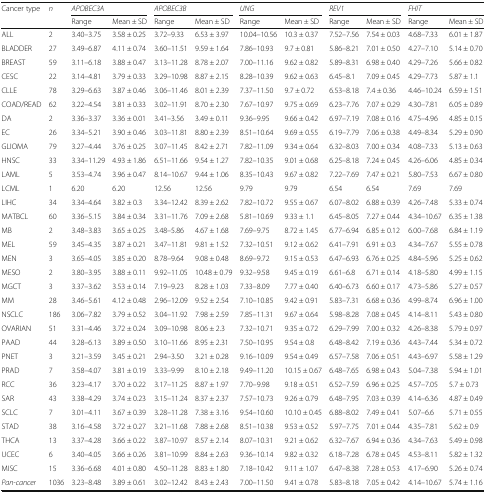
<table><thead><tr><td rowspan="2"><b>Cancer type</b></td><td rowspan="2"><b><i>n</i></b></td><td colspan="2"><b><i>APOBEC3A</i></b></td><td colspan="2"><b><i>APOBEC3B</i></b></td><td colspan="2"><b><i>UNG</i></b></td><td colspan="2"><b><i>REV1</i></b></td><td colspan="2"><b><i>FHIT</i></b></td></tr><tr><td><b>Range</b></td><td><b>Mean ± SD</b></td><td><b>Range</b></td><td><b>Mean ± SD</b></td><td><b>Range</b></td><td><b>Mean ± SD</b></td><td><b>Range</b></td><td><b>Mean ± SD</b></td><td><b>Range</b></td><td><b>Mean ± SD</b></td></tr></thead><tbody><tr><td>ALL</td><td>2</td><td>3.40–3.75</td><td>3.58 ± 0.25</td><td>3.72–9.33</td><td>6.53 ± 3.97</td><td>10.04–10.56</td><td>10.3 ± 0.37</td><td>7.52–7.56</td><td>7.54 ± 0.03</td><td>4.68–7.33</td><td>6.01 ± 1.87</td></tr><tr><td>BLADDER</td><td>27</td><td>3.49–6.87</td><td>4.11 ± 0.74</td><td>3.60–11.51</td><td>9.59 ± 1.64</td><td>7.86–10.93</td><td>9.7 ± 0.81</td><td>5.86–8.21</td><td>7.01 ± 0.50</td><td>4.27–7.10</td><td>5.14 ± 0.70</td></tr><tr><td>BREAST</td><td>59</td><td>3.11–6.18</td><td>3.88 ± 0.47</td><td>3.13–11.28</td><td>8.78 ± 2.07</td><td>7.00–11.16</td><td>9.62 ± 0.82</td><td>5.89–8.31</td><td>6.98 ± 0.40</td><td>4.29–7.26</td><td>5.66 ± 0.82</td></tr><tr><td>CESC</td><td>22</td><td>3.14–4.81</td><td>3.79 ± 0.33</td><td>3.29–10.98</td><td>8.87 ± 2.15</td><td>8.28–10.39</td><td>9.62 ± 0.63</td><td>6.45–8.1</td><td>7.09 ± 0.45</td><td>4.29–7.73</td><td>5.87 ± 1.1</td></tr><tr><td>CLLE</td><td>78</td><td>3.29–6.63</td><td>3.87 ± 0.46</td><td>3.06–11.46</td><td>8.01 ± 2.39</td><td>7.37–11.50</td><td>9.7 ± 0.72</td><td>6.53–8.18</td><td>7.4 ± 0.36</td><td>4.46–10.24</td><td>6.59 ± 1.51</td></tr><tr><td>COAD/READ</td><td>62</td><td>3.22–4.54</td><td>3.81 ± 0.33</td><td>3.02–11.91</td><td>8.70 ± 2.30</td><td>7.67–10.97</td><td>9.75 ± 0.69</td><td>6.23–7.76</td><td>7.07 ± 0.29</td><td>4.30–7.81</td><td>6.05 ± 0.89</td></tr><tr><td>DA</td><td>2</td><td>3.36–3.37</td><td>3.36 ± 0.01</td><td>3.41–3.56</td><td>3.49 ± 0.11</td><td>9.36–9.95</td><td>9.66 ± 0.42</td><td>6.97–7.19</td><td>7.08 ± 0.16</td><td>4.75–4.96</td><td>4.85 ± 0.15</td></tr><tr><td>EC</td><td>26</td><td>3.34–5.21</td><td>3.90 ± 0.46</td><td>3.03–11.81</td><td>8.80 ± 2.39</td><td>8.51–10.64</td><td>9.69 ± 0.55</td><td>6.19–7.79</td><td>7.06 ± 0.38</td><td>4.49–8.34</td><td>5.29 ± 0.90</td></tr><tr><td>GLIOMA</td><td>79</td><td>3.27–4.44</td><td>3.76 ± 0.25</td><td>3.07–11.45</td><td>8.42 ± 2.71</td><td>7.82–11.09</td><td>9.34 ± 0.64</td><td>6.32–8.03</td><td>7.00 ± 0.34</td><td>4.08–7.33</td><td>5.13 ± 0.63</td></tr><tr><td>HNSC</td><td>33</td><td>3.34–11.29</td><td>4.93 ± 1.86</td><td>6.51–11.66</td><td>9.54 ± 1.27</td><td>7.82–10.35</td><td>9.01 ± 0.68</td><td>6.25–8.18</td><td>7.24 ± 0.45</td><td>4.26–6.06</td><td>4.85 ± 0.34</td></tr><tr><td>LAML</td><td>5</td><td>3.53–4.74</td><td>3.96 ± 0.47</td><td>8.14–10.67</td><td>9.44 ± 1.06</td><td>8.35–10.43</td><td>9.67 ± 0.82</td><td>7.22–7.69</td><td>7.47 ± 0.21</td><td>5.80–7.53</td><td>6.67 ± 0.80</td></tr><tr><td>LCML</td><td>1</td><td>6.20</td><td>6.20</td><td>12.56</td><td>12.56</td><td>9.79</td><td>9.79</td><td>6.54</td><td>6.54</td><td>7.69</td><td>7.69</td></tr><tr><td>LIHC</td><td>34</td><td>3.34–4.64</td><td>3.82 ± 0.3</td><td>3.34–12.42</td><td>8.39 ± 2.62</td><td>7.82–10.72</td><td>9.55 ± 0.67</td><td>6.07–8.02</td><td>6.88 ± 0.39</td><td>4.26–7.48</td><td>5.33 ± 0.74</td></tr><tr><td>MATBCL</td><td>60</td><td>3.36–5.15</td><td>3.84 ± 0.34</td><td>3.31–11.76</td><td>7.09 ± 2.68</td><td>5.81–10.69</td><td>9.33 ± 1.1</td><td>6.45–8.05</td><td>7.27 ± 0.44</td><td>4.34–10.67</td><td>6.35 ± 1.38</td></tr><tr><td>MB</td><td>2</td><td>3.48–3.83</td><td>3.65 ± 0.25</td><td>3.48–5.86</td><td>4.67 ± 1.68</td><td>7.69–9.75</td><td>8.72 ± 1.45</td><td>6.77–6.94</td><td>6.85 ± 0.12</td><td>6.00–7.68</td><td>6.84 ± 1.19</td></tr><tr><td>MEL</td><td>59</td><td>3.45–4.35</td><td>3.87 ± 0.21</td><td>3.47–11.81</td><td>9.81 ± 1.52</td><td>7.32–10.51</td><td>9.12 ± 0.62</td><td>6.41–7.91</td><td>6.91 ± 0.3</td><td>4.34–7.67</td><td>5.55 ± 0.78</td></tr><tr><td>MEN</td><td>3</td><td>3.65–4.05</td><td>3.85 ± 0.20</td><td>8.78–9.64</td><td>9.08 ± 0.48</td><td>8.69–9.72</td><td>9.15 ± 0.53</td><td>6.47–6.93</td><td>6.76 ± 0.25</td><td>4.84–5.96</td><td>5.25 ± 0.62</td></tr><tr><td>MESO</td><td>2</td><td>3.80–3.95</td><td>3.88 ± 0.11</td><td>9.92–11.05</td><td>10.48 ± 0.79</td><td>9.32–9.58</td><td>9.45 ± 0.19</td><td>6.61–6.8</td><td>6.71 ± 0.14</td><td>4.18–5.80</td><td>4.99 ± 1.15</td></tr><tr><td>MGCT</td><td>3</td><td>3.37–3.62</td><td>3.53 ± 0.14</td><td>7.19–9.23</td><td>8.28 ± 1.03</td><td>7.33–8.09</td><td>7.77 ± 0.40</td><td>6.40–6.73</td><td>6.60 ± 0.17</td><td>4.73–5.86</td><td>5.27 ± 0.57</td></tr><tr><td>MM</td><td>28</td><td>3.46–5.61</td><td>4.12 ± 0.48</td><td>2.96–12.09</td><td>9.52 ± 2.54</td><td>7.10–10.85</td><td>9.42 ± 0.91</td><td>5.83–7.31</td><td>6.68 ± 0.36</td><td>4.99–8.74</td><td>6.96 ± 1.00</td></tr><tr><td>NSCLC</td><td>186</td><td>3.06–7.82</td><td>3.79 ± 0.52</td><td>3.04–11.92</td><td>7.98 ± 2.59</td><td>7.85–11.31</td><td>9.67 ± 0.64</td><td>5.98–8.28</td><td>7.08 ± 0.45</td><td>4.14–8.11</td><td>5.43 ± 0.80</td></tr><tr><td>OVARIAN</td><td>51</td><td>3.31–4.46</td><td>3.72 ± 0.24</td><td>3.09–10.98</td><td>8.06 ± 2.3</td><td>7.32–10.71</td><td>9.35 ± 0.72</td><td>6.29–7.99</td><td>7.00 ± 0.32</td><td>4.26–8.38</td><td>5.79 ± 0.97</td></tr><tr><td>PAAD</td><td>44</td><td>3.28–6.13</td><td>3.89 ± 0.50</td><td>3.10–11.66</td><td>8.95 ± 2.31</td><td>7.50–10.95</td><td>9.54 ± 0.8</td><td>6.48–8.42</td><td>7.19 ± 0.36</td><td>4.43–7.44</td><td>5.34 ± 0.72</td></tr><tr><td>PNET</td><td>3</td><td>3.21–3.59</td><td>3.45 ± 0.21</td><td>2.94–3.50</td><td>3.21 ± 0.28</td><td>9.16–10.09</td><td>9.54 ± 0.49</td><td>6.57–7.58</td><td>7.06 ± 0.51</td><td>4.43–6.97</td><td>5.58 ± 1.29</td></tr><tr><td>PRAD</td><td>7</td><td>3.58–4.07</td><td>3.81 ± 0.19</td><td>3.33–9.99</td><td>8.10 ± 2.18</td><td>9.49–11.20</td><td>10.15 ± 0.67</td><td>6.48–7.65</td><td>6.98 ± 0.43</td><td>5.04–7.38</td><td>5.94 ± 1.01</td></tr><tr><td>RCC</td><td>36</td><td>3.23–4.17</td><td>3.70 ± 0.22</td><td>3.17–11.25</td><td>8.87 ± 1.97</td><td>7.70–9.98</td><td>9.18 ± 0.51</td><td>6.52–7.59</td><td>6.96 ± 0.25</td><td>4.57–7.05</td><td>5.7 ± 0.73</td></tr><tr><td>SAR</td><td>43</td><td>3.38–4.29</td><td>3.74 ± 0.23</td><td>3.15–11.24</td><td>8.37 ± 2.37</td><td>7.57–10.73</td><td>9.26 ± 0.79</td><td>6.48–7.95</td><td>7.03 ± 0.39</td><td>4.14–6.36</td><td>4.87 ± 0.49</td></tr><tr><td>SCLC</td><td>7</td><td>3.01–4.11</td><td>3.67 ± 0.39</td><td>3.28–11.28</td><td>7.38 ± 3.16</td><td>9.54–10.60</td><td>10.10 ± 0.45</td><td>6.88–8.02</td><td>7.49 ± 0.41</td><td>5.07–6.6</td><td>5.71 ± 0.55</td></tr><tr><td>STAD</td><td>38</td><td>3.16–4.58</td><td>3.72 ± 0.27</td><td>3.21–11.68</td><td>7.88 ± 2.68</td><td>8.51–10.38</td><td>9.53 ± 0.52</td><td>5.97–7.75</td><td>7.01 ± 0.44</td><td>4.35–7.81</td><td>5.62 ± 0.9</td></tr><tr><td>THCA</td><td>13</td><td>3.37–4.28</td><td>3.66 ± 0.22</td><td>3.87–10.97</td><td>8.57 ± 2.14</td><td>8.07–10.31</td><td>9.21 ± 0.62</td><td>6.32–7.67</td><td>6.94 ± 0.36</td><td>4.34–7.63</td><td>5.49 ± 0.98</td></tr><tr><td>UCEC</td><td>6</td><td>3.40–4.05</td><td>3.66 ± 0.26</td><td>3.81–10.99</td><td>8.84 ± 2.63</td><td>9.36–10.14</td><td>9.82 ± 0.32</td><td>6.18–7.28</td><td>6.78 ± 0.45</td><td>4.53–8.11</td><td>5.82 ± 1.32</td></tr><tr><td>MISC</td><td>15</td><td>3.36–6.68</td><td>4.01 ± 0.80</td><td>4.50–11.28</td><td>8.83 ± 1.80</td><td>7.18–10.42</td><td>9.11 ± 1.07</td><td>6.47–8.38</td><td>7.28 ± 0.53</td><td>4.17–6.90</td><td>5.26 ± 0.74</td></tr><tr><td><i>Pan-cancer</i></td><td>1036</td><td>3.23–8.48</td><td>3.89 ± 0.61</td><td>3.02–12.42</td><td>8.43 ± 2.43</td><td>7.00–11.50</td><td>9.41 ± 0.78</td><td>5.83–8.18</td><td>7.05 ± 0.42</td><td>4.14–10.67</td><td>5.74 ± 1.16</td></tr></tbody></table>